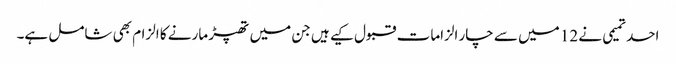
احد تمیمی نے 12 میں سے چار الزامات قبول کیے ہیں جن میں تھپڑ مارنے کا الزام بھی شامل ہے۔